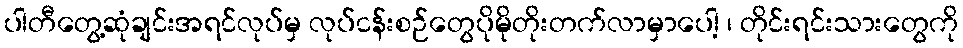
ပါတီတွေ့ဆုံချင်းအရင်လုပ်မှ လုပ်ငန်းစဉ်တွေပိုမိုတိုးတက်လာမှာပေါ့ ၊ တိုင်းရင်းသားတွေကို